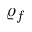
\varrho _ { f }